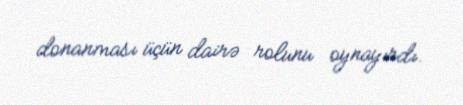
donanması üçün dairə rolunu oynayırdı.